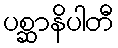
ပစ္ဆာနိပါတီ